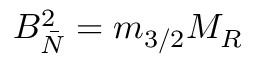
B _ { \bar { N } } ^ { 2 } = m _ { 3 / 2 } M _ { R }